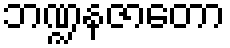
ဘဏ္ဍနဇာတော